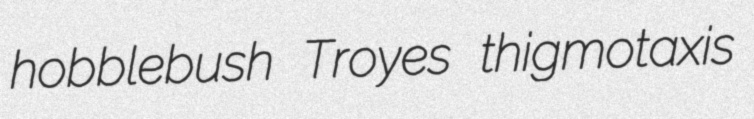
hobblebush Troyes thigmotaxis